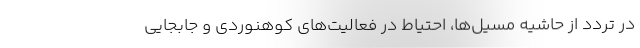
در تردد از حاشیه مسیل‌ها، احتیاط در فعالیت‌های کوهنوردی و جابجایی